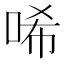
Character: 唏